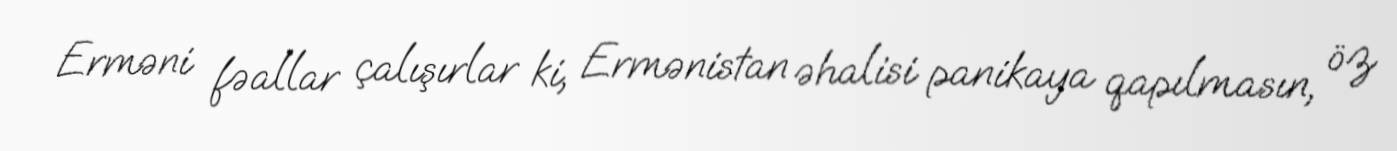
Erməni fəallar çalışırlar ki, Ermənistan əhalisi panikaya qapılmasın, öz